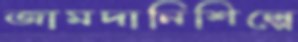
জামদানিশিল্পে